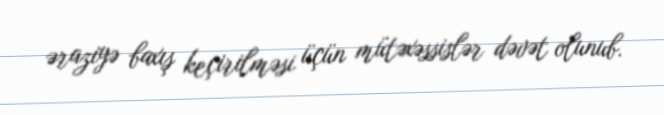
əraziyə baxış keçirilməsi üçün mütəxəssislər dəvət olunub.